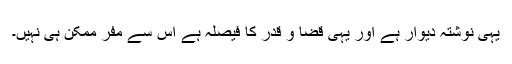
یہی نوشتہ دیوار ہے اور یہی قضا و قدر کا فیصلہ ہے اس سے مفر ممکن ہی نہیں۔